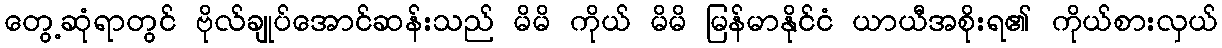
တွေ့ဆုံရာတွင် ဗိုလ်ချုပ်အောင်ဆန်းသည် မိမိ ကိုယ် မိမိ မြန်မာနိုင်ငံ ယာယီအစိုးရ၏ ကိုယ်စားလှယ်